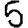
Digit: 5